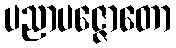
ပညာပဇ္ဇောတော